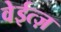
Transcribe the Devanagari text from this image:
वेईत्ज़